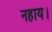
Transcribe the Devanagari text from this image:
नहाय।